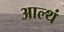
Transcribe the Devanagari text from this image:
आल्थं